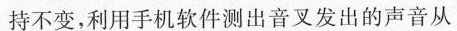
持不变，利用手机软件测出音叉发出的声音从